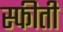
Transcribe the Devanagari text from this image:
स्फीती